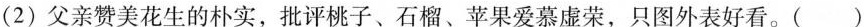
(2)父亲赞美花生的朴实，批评桃子、石榴、苹果爱慕虚荣，只图外表好看。( )